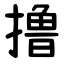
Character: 撸